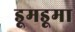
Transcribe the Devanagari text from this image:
डूमडूमा